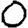
Digit: 0